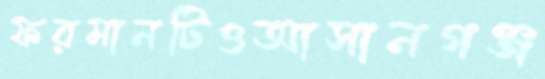
ফরমানটিওআসানগঞ্জ